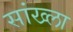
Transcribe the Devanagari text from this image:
सांख्ला